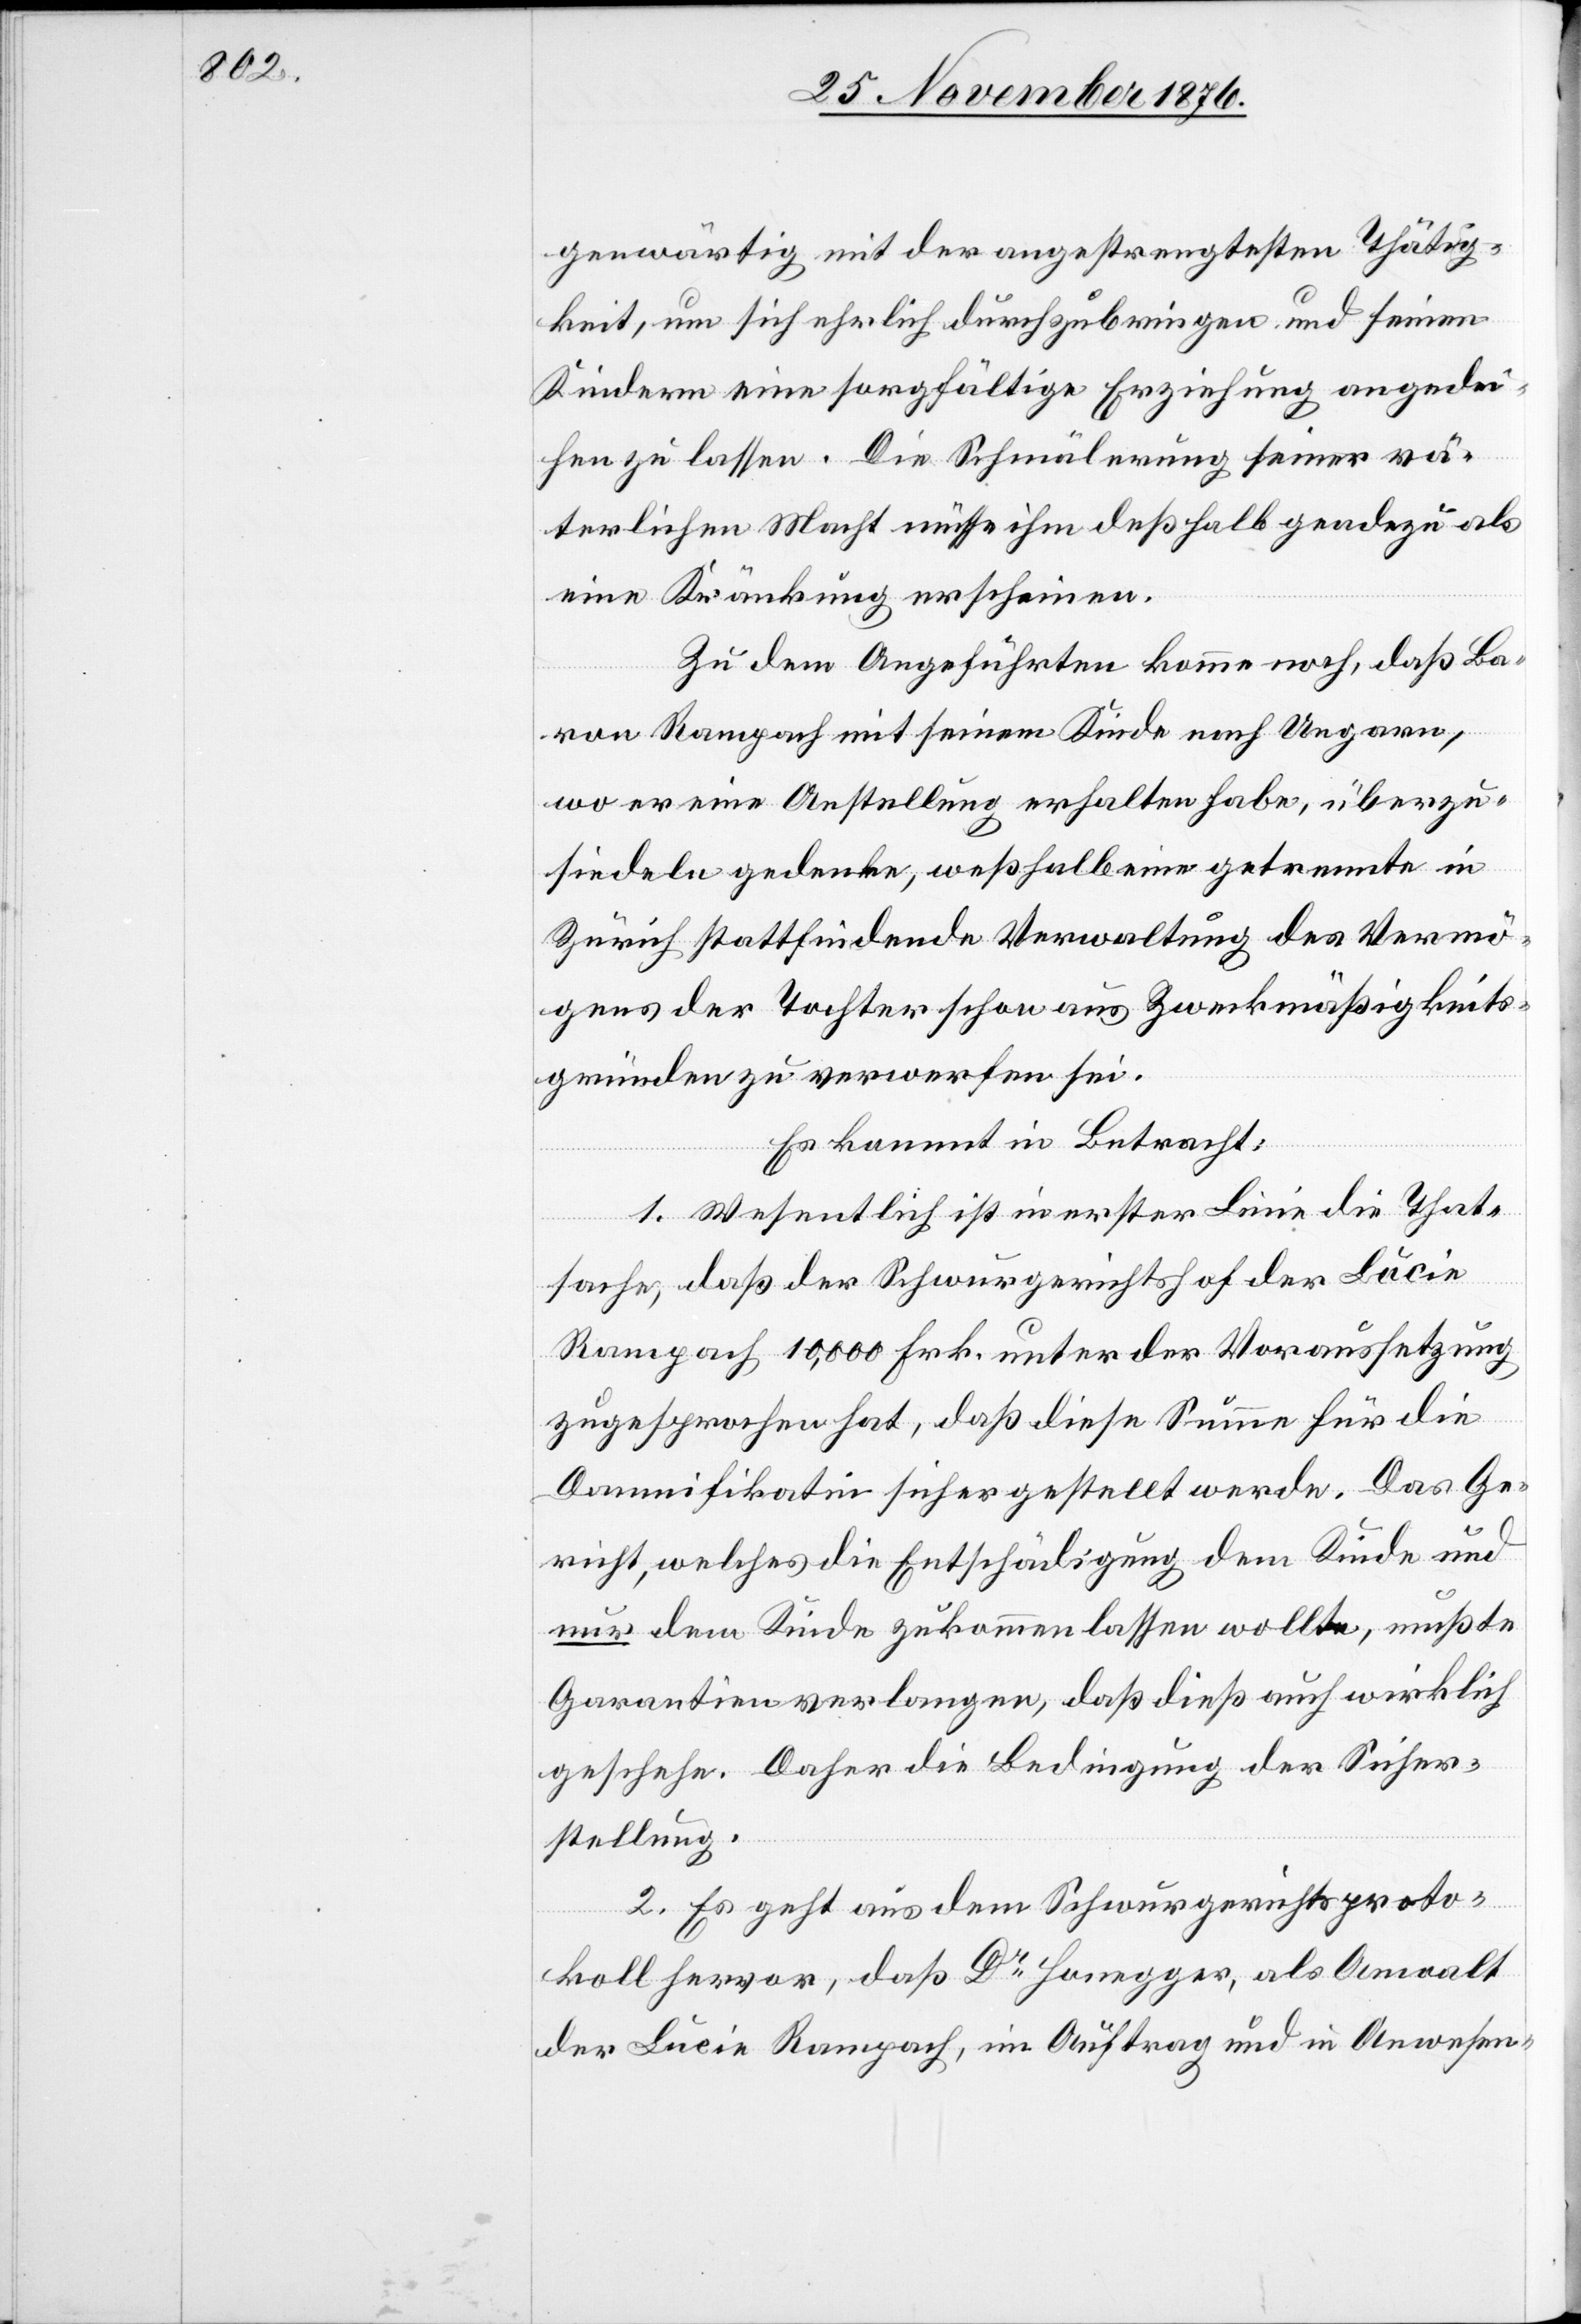
genwärtig mit der angestrengtesten Thätig¬
keit, um sich ehrlich durchzubringen und seinen
Kindern eine sorgfältige Erziehung angedei¬
hen zu lassen. Die Schmälerung seiner vä¬
terlichen Macht müsse ihm deßhalb geadezu
eine Kränkung erscheinen.
Zu dem Angeführten komme noch, daß Ba¬
ron Rampach mit seinem Kinde nach Ungarn,
wo er eine Anstellung erhalten habe, überzu¬
siedeln gedenke, weßhalb eine getrennte in
Zürich stattfindende Verwaltung des Vermö¬
gens der Tochter schon aus Zweckmäßigkeits¬
gründen zu verwerfen sei.
Es kommt in Betracht:
1. Wesentlich ist in erster Linie die That¬
sache, daß der Schwurgerichtshof der Lucie
Rampach 10,000 Frk. unter der Voraussetzung
zugesprochen hat, daß diese Summe für die
Damnifikatin sicher gestellt werde. Das Ge¬
richt, welches die Entschädigung dem Kinde und
nur dem Kinde zukommen lassen wollte, mußte
Garantien verlangen, daß dieß auch wirklich
geschehe. Daher die Bedingung der Sicher¬
stellung.
2. Es geht aus dem Schwurgerichtsproto¬
koll hervor, daß Dr Honegger, als Anwalt
der Lucie Rampach, im Auftrag und in Anwesen-